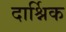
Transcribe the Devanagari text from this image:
दार्श्निक